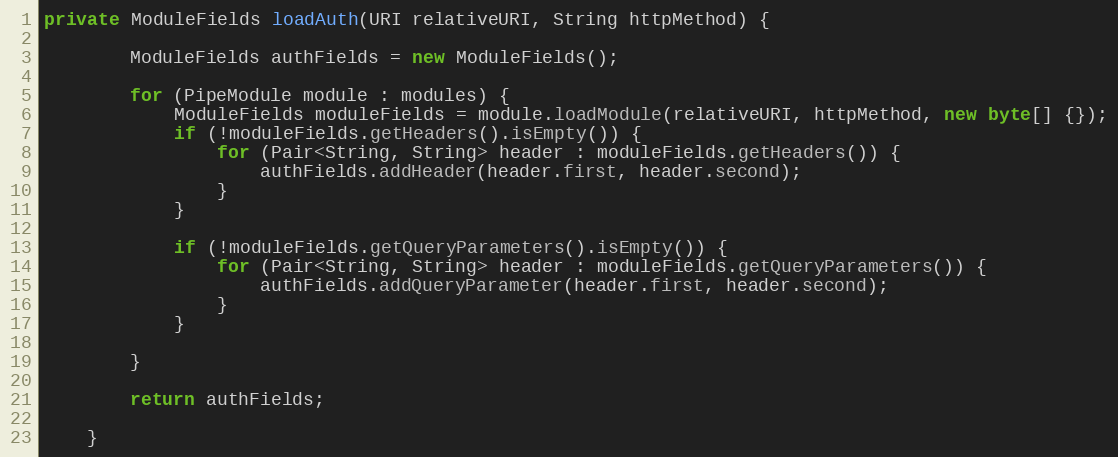
Language: Java
private ModuleFields loadAuth(URI relativeURI, String httpMethod) {

        ModuleFields authFields = new ModuleFields();

        for (PipeModule module : modules) {
            ModuleFields moduleFields = module.loadModule(relativeURI, httpMethod, new byte[] {});
            if (!moduleFields.getHeaders().isEmpty()) {
                for (Pair<String, String> header : moduleFields.getHeaders()) {
                    authFields.addHeader(header.first, header.second);
                }
            }

            if (!moduleFields.getQueryParameters().isEmpty()) {
                for (Pair<String, String> header : moduleFields.getQueryParameters()) {
                    authFields.addQueryParameter(header.first, header.second);
                }
            }

        }

        return authFields;

    }